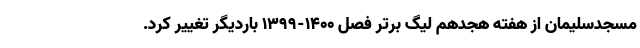
مسجدسلیمان از هفته هجدهم لیگ برتر فصل ۱۴۰۰-۱۳۹۹ باردیگر تغییر کرد.